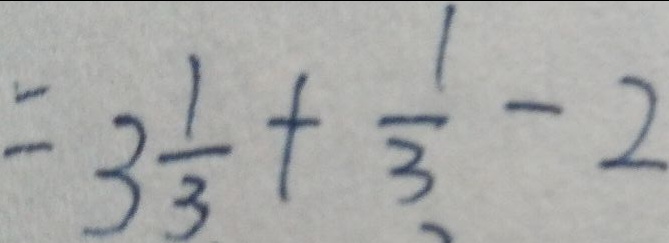
= 3 \frac { 1 } { 3 } + \frac { 1 } { 3 } - 2